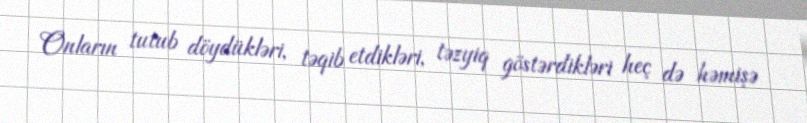
Onların tutub döydükləri, təqib etdikləri, təzyiq göstərdikləri heç də həmişə